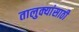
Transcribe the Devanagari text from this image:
तालुक्यांसाठी